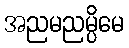
အညမညမ္ပိမေ